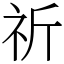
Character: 祈